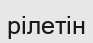
рілетін